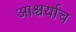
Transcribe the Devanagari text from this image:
आश्चर्याच